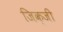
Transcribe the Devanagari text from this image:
जिक्जी